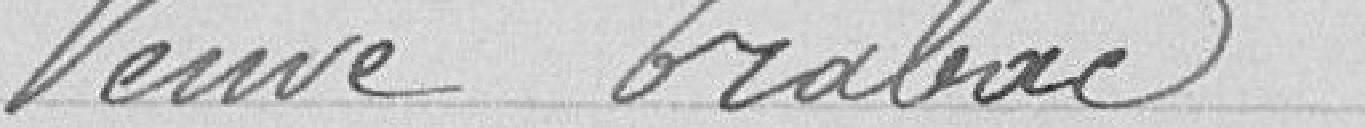
Veuve Tabac